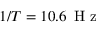
1 / T = 1 0 . 6 \, \mathrm { ~ H ~ z ~ }